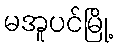
မအူပင်မြို့